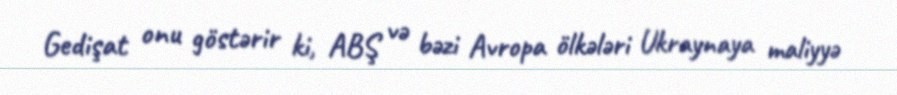
Gedişat onu göstərir ki, ABŞ və bəzi Avropa ölkələri Ukraynaya maliyyə